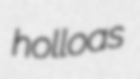
holloas